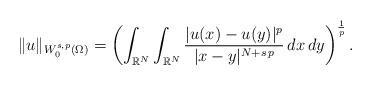
LaTeX: \begin{align*}\|u\|_{W^{s,p}_0(\Omega)}=\left(\int_{\mathbb{R}^N}\int_{\mathbb{R}^N} \frac{|u(x)-u(y)|^{p}}{|x-y|^{N+s\,p}}\, dx\, dy\right)^\frac{1}{p}.\end{align*}